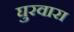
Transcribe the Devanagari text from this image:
घुरवारा